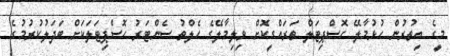
މީގެ އިތުރުން ހުޅުމާލޭ ހޮސްޕިޓަލް ތަރައްގީކޮށް ވިލިމާލޭގެ ހެލްތު ސެންޓަރު ހޮސްޕިޓަލަކަށް ބަދަލުކުރުމުގެ